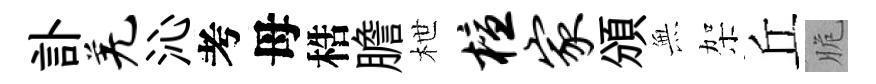
訃羌沁考母梏膽枻檀家頒𭴾架丘脆